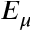
E _ { \mu }